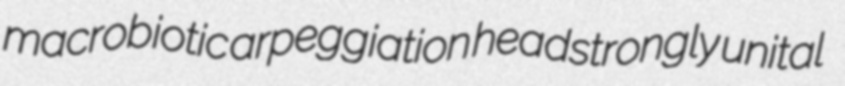
macrobiotic arpeggiation headstrongly unital